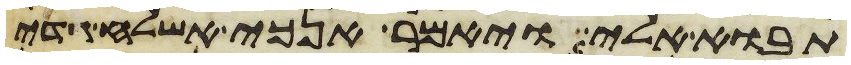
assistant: תבוא אלי ויאמר אנכי אשלח גדי